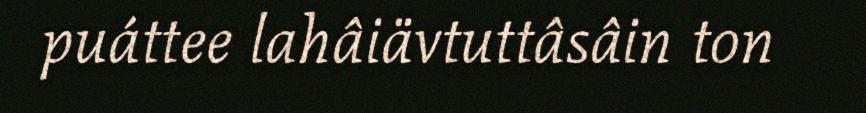
puáttee lahâiävtuttâsâin ton